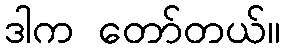
ဒါက တော်တယ်။